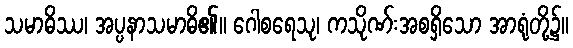
သမာဓိဿ၊ အပ္ပနာသမာဓိ၏။ ဂေါစရေသု၊ ကသိုဏ်းအစရှိသော အာရုံတို့၌။